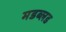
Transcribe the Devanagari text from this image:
मडब्लड